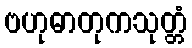
ဗဟုဓာတုကသုတ္တံ